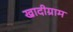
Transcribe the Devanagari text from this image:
खादीग्राम